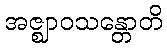
အဇ္ဈာဝသန္တောတိ